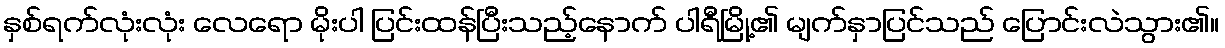
နှစ်ရက်လုံးလုံး လေရော မိုးပါ ပြင်းထန်ပြီးသည့်နောက် ပါရီမြို့၏ မျက်နှာပြင်သည် ပြောင်းလဲသွား၏။